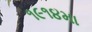
૧૯૧૪મા